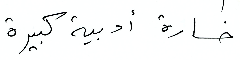
خسارة أدبية كبيرة